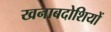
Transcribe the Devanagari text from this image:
खनाबदोशियों